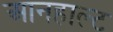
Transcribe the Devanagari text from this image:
आनहाल्ट